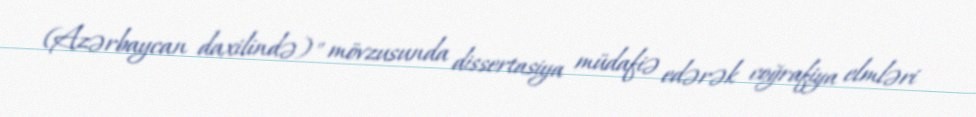
(Azərbaycan daxilində)" mövzusunda dissertasiya müdafiə edərək coğrafiya elmləri